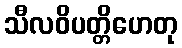
သီလဝိပတ္တိဟေတု